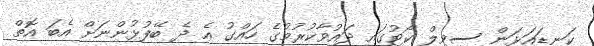
ކަނޑައަޅަން ސިވިލް ކޯޓުގައި ދައުވާކުރުމުގެ ހައްގު އެ ދެ ބޭފުޅުންނަށް އެބަ އޮތް